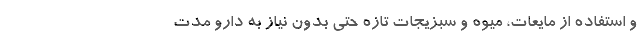
و استفاده از مایعات، میوه و سبزیجات تازه حتی بدون نیاز به دارو مدت